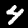
Digit: 4